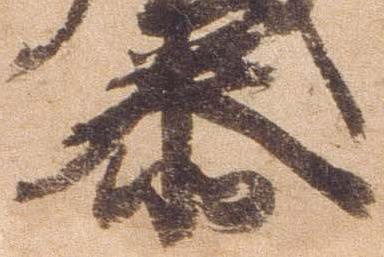
泰